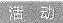
活动